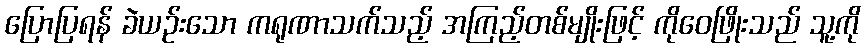
ပြောပြရန် ခဲယဉ်းသော ကရုဏာသက်သည့် အကြည့်တစ်မျိုးဖြင့် ကိုဝေဖြိုးသည် သူ့ကို